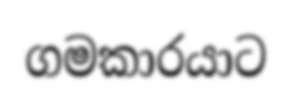
ගමකාරයාට